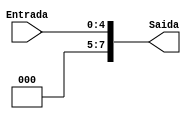
module ExtensorSinal58(Entrada, Saida);
input wire [4:0] Entrada;
output reg [7:0] Saida;
always @(*)begin
 Saida = Entrada;
end
endmodule